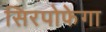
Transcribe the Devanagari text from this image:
सिरपोफेगा